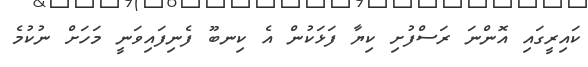
ކައިރީގައި އޮންނަ ރަސްފުށި ކިޔާ ފަޅަކުން އެ ކިނބޫ ފެނިފައިވަނީ މަހަށް ނުކުމެ